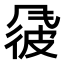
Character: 𫖽